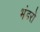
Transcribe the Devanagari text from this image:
भंडरों